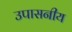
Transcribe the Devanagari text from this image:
उपासनीय